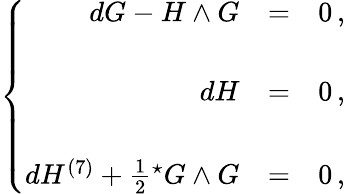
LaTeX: \left\{ \begin{array}{rcl}{{dG-H\wedge G}}&{{=}}&{{0\, ,}}\\ {{}}&{{}}&{{}}\\ {{dH}}&{{=}}&{{0\, ,}}\\ {{}}&{{}}&{{}}\\ {{dH^{(7)}+\frac{1}{2}{}^{\star}G\wedge G}}&{{=}}&{{0\, ,}}\end{array}\right.